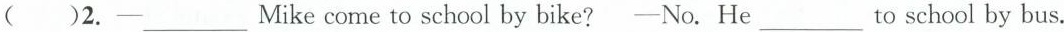
( )2.——___Mikecome to school by bike?——No.He ___to school by bus.